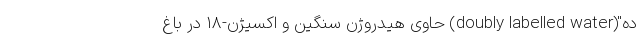
ده"(doubly labelled water) حاوی هیدروژن سنگین و اکسیژن-۱۸ در باغ‌